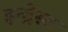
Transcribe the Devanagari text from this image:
इन्ट्रेस्ट